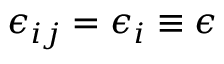
\epsilon _ { i j } = \epsilon _ { i } \equiv \epsilon